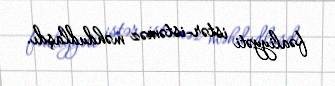
fəaliyyəti istər-istəməz məhdudlaşdı.